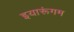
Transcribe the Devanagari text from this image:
इयारूंगम